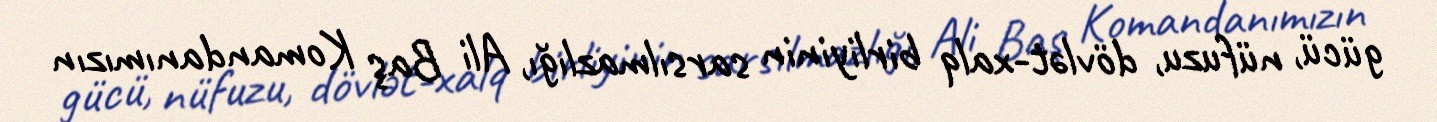
gücü, nüfuzu, dövlət-xalq birliyinin sarsılmazlığı, Ali Baş Komandanımızın